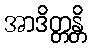
အာဒိတ္တန္တိ